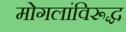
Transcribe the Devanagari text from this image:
मोगलांविरूद्ध